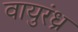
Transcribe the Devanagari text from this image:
वायुरंध्र